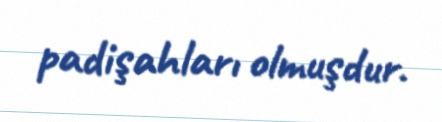
padişahları olmuşdur.